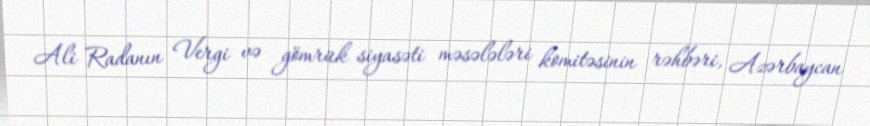
Ali Radanın Vergi və gömrük siyasəti məsələləri komitəsinin rəhbəri, Azərbaycan